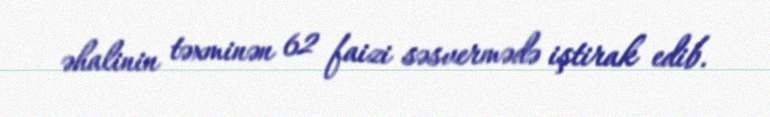
əhalinin təxminən 62 faizi səsvermədə iştirak edib.